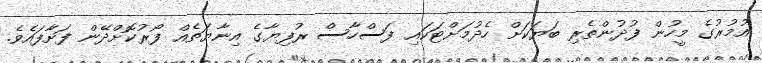
އުމުރުގެ މީހުން ފުދުންތެރި ބަޔަކަށް ހެދުމަށްޓަކައި ފަސްހާސް ރުފިޔާގެ އިނާޔަތެއް ފޯރުކޮށްދޭން ފަށާފައެވެ.